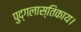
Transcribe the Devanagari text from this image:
पुद्गलास्तिकाय।